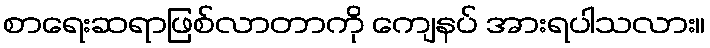
စာရေးဆရာဖြစ်လာတာကို ကျေနပ် အားရပါသလား။